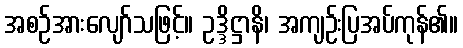
အစဉ်အားလျော်သဖြင့်။ ဥဒ္ဒိဋ္ဌာနိ၊ အကျဉ်းပြအပ်ကုန်၏။